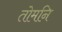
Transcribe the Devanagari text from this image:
तोमनि